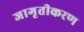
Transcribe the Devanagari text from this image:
जागृतीकरण